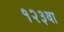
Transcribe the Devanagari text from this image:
१२३वा